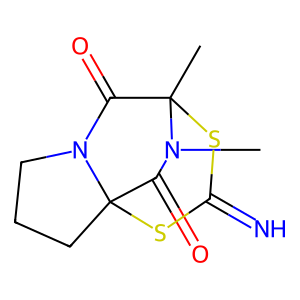
SMILES: CN1C(=O)C23CCCN2C(=O)C1(C)SC(=N)S3
Inhibits HIV replication: No